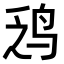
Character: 𫛡